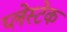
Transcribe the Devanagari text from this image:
प्लेस्टेक